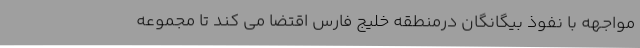
مواجهه با نفوذ بیگانگان درمنطقه خلیج فارس اقتضا می کند تا مجموعه